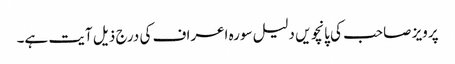
پرویز صاحب کی پانچویں دلیل سورہ اعراف کی درج ذیل آیت ہے۔